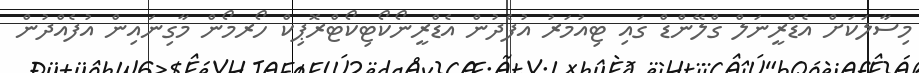
މިސާލަކަށް އެޑްރީނަލް ގްލޭންޑް ގައި ޓިއުމަރު އުފެދުން އެޑްރީނޯކޯޓިކޯޓްރޮޕިކް ހޯރމޯން މާގިނައިން އުފެއްދުން